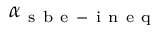
\alpha _ { \mathrm { ~ s ~ b ~ e ~ - ~ i ~ n ~ e ~ q ~ } }